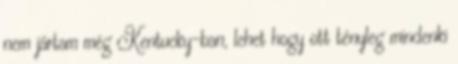
nem jártam még Kentucky-ban, lehet hogy ott tényleg mindenki